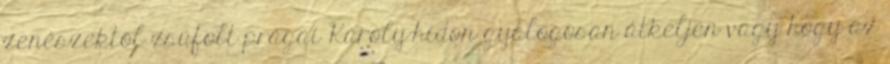
zenészektől zsúfolt prágai Károly-hídon gyalogosan átkeljen vagy hogy az